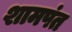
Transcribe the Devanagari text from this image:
शामपंत